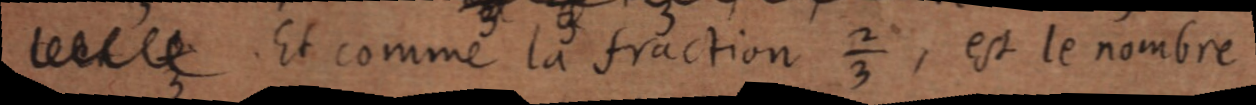
et ⅔ Et comme la fraction ⅔, est le nombre